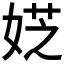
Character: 𡝳